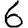
Digit: 6